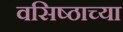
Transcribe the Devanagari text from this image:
वसिष्ठाच्या